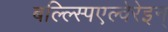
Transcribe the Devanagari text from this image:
बल्ल्स्पिएल्वेरेइन्